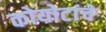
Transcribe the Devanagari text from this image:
कोयोटांचे